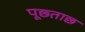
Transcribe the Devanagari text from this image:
पूछ्ताछ